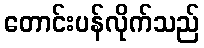
တောင်းပန်လိုက်သည်